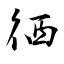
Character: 徆